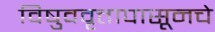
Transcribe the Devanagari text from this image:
विषुववृत्तापासूनचे